Problem: 45 + 19 = ?
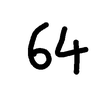
Handwritten answer: 64